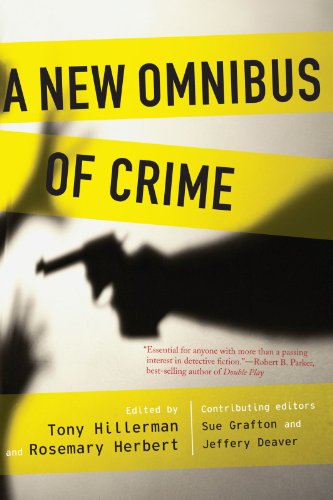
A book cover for A New Omnibus of Crime; Mystery, Thriller & Suspense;